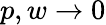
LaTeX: p,w\rightarrow 0